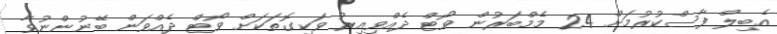
އެބިލް ފާސްކުރުމަށް 24 މެމްބަރުން ވޯޓް ދެއްވިއިރު ވަކިގޮތަކަށް ވޯޓް ދެއްވަން ބޭނުންނުވާ